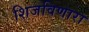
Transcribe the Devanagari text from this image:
शिजविणारा